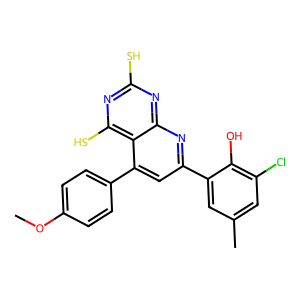
SMILES: COc1ccc(-c2cc(-c3cc(C)cc(Cl)c3O)nc3nc(S)nc(S)c23)cc1
Inhibits HIV replication: No